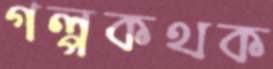
গল্পকথক